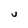
Character: j